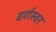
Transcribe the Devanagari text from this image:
वर्णस्वर